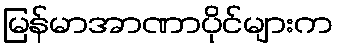
မြန်မာအာဏာပိုင်များက